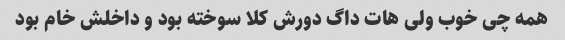
همه چی خوب ولی هات داگ دورش کلا سوخته بود و داخلش خام بود